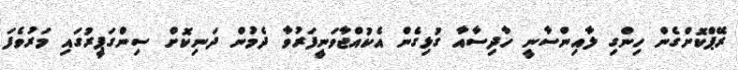
ރޭޕްކޮށްގެން ހިންގި ލާއިންސާނީ ހާދިސާއާ ގުޅިގެން އެކުއްޖާވަނީފަރުވާ ދެމުން ދަނިކޮށް ސިންގަޕީރުގައި މަރުވެފަ